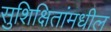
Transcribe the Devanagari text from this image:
सुशिक्षितांमधील